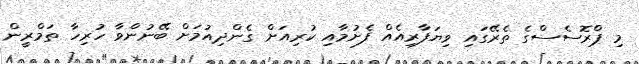
މި ޕްރޮސެސްގެ ތެރޭގައި ވިޔަފާރިއެއް ފެށުމާއި ކުރިއަށް ގެންދިއުމަށް ބޭނުންވާ ހުރިހާ ތަމްރީން